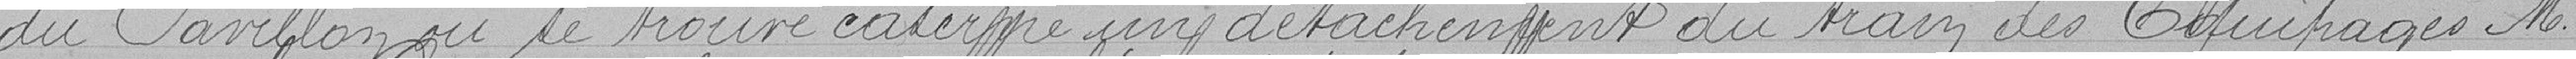
du Pavillon ou se trouve caserné un détachement du train des Equipages Mres.